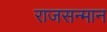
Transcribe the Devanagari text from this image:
राजसन्मान